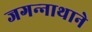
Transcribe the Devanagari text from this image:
जगन्‍नाथाने